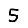
Digit: 5